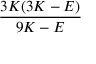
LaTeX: \frac { 3 K ( 3 K - E ) } { 9 K - E }